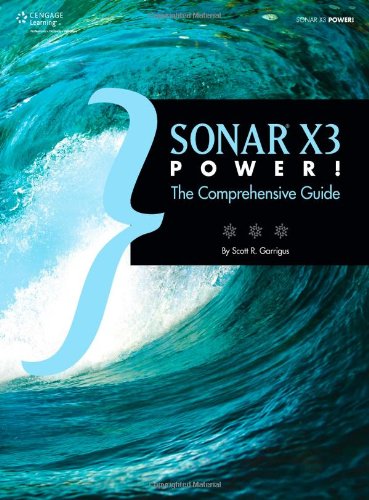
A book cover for SONAR X3 Power!: The Comprehensive Guide; Scott R. Garrigus; Arts & Photography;